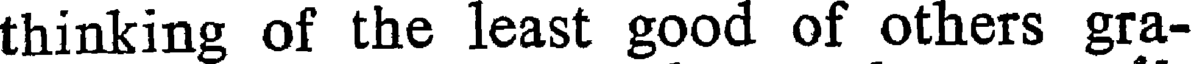
thinking of the least good of others gra-